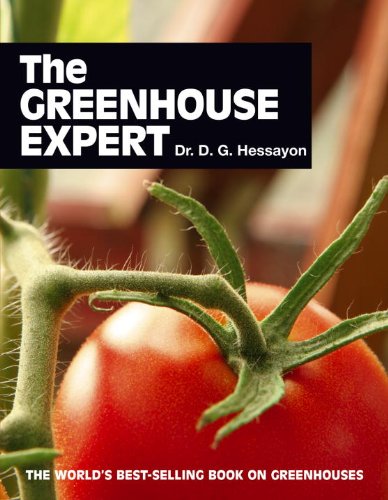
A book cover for The Greenhouse Expert; D.G. Hessayon; Crafts, Hobbies & Home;